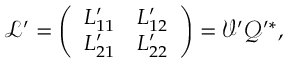
\mathcal { L } ^ { \prime } = \left( \begin{array} { l l } { L _ { 1 1 } ^ { \prime } } & { L _ { 1 2 } ^ { \prime } } \\ { L _ { 2 1 } ^ { \prime } } & { L _ { 2 2 } ^ { \prime } } \end{array} \right) = \mathcal { V } ^ { \prime } \mathcal { Q } ^ { \prime * } ,